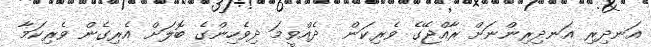
އަނދިރި އަނދިރިންނަށް ރާއްޖޭގެ ވެރިކަން  ދެއްވީމަ ދިވެހިންގެ ބޮލަށް އެރިގެން ވެރިކަމާ